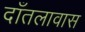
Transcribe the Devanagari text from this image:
दाँतलावास